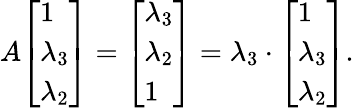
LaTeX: A{\left[\begin{array}{l}{1}\\ {\lambda_{3}}\\ {\lambda_{2}}\end{array}\right]}={\left[\begin{array}{l}{\lambda_{3}}\\ {\lambda_{2}}\\ {1}\end{array}\right]}=\lambda_{3}\cdot{\left[\begin{array}{l}{1}\\ {\lambda_{3}}\\ {\lambda_{2}}\end{array}\right]}.